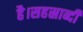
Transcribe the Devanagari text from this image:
है।सहस्राब्दी